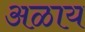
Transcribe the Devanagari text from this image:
अळाय